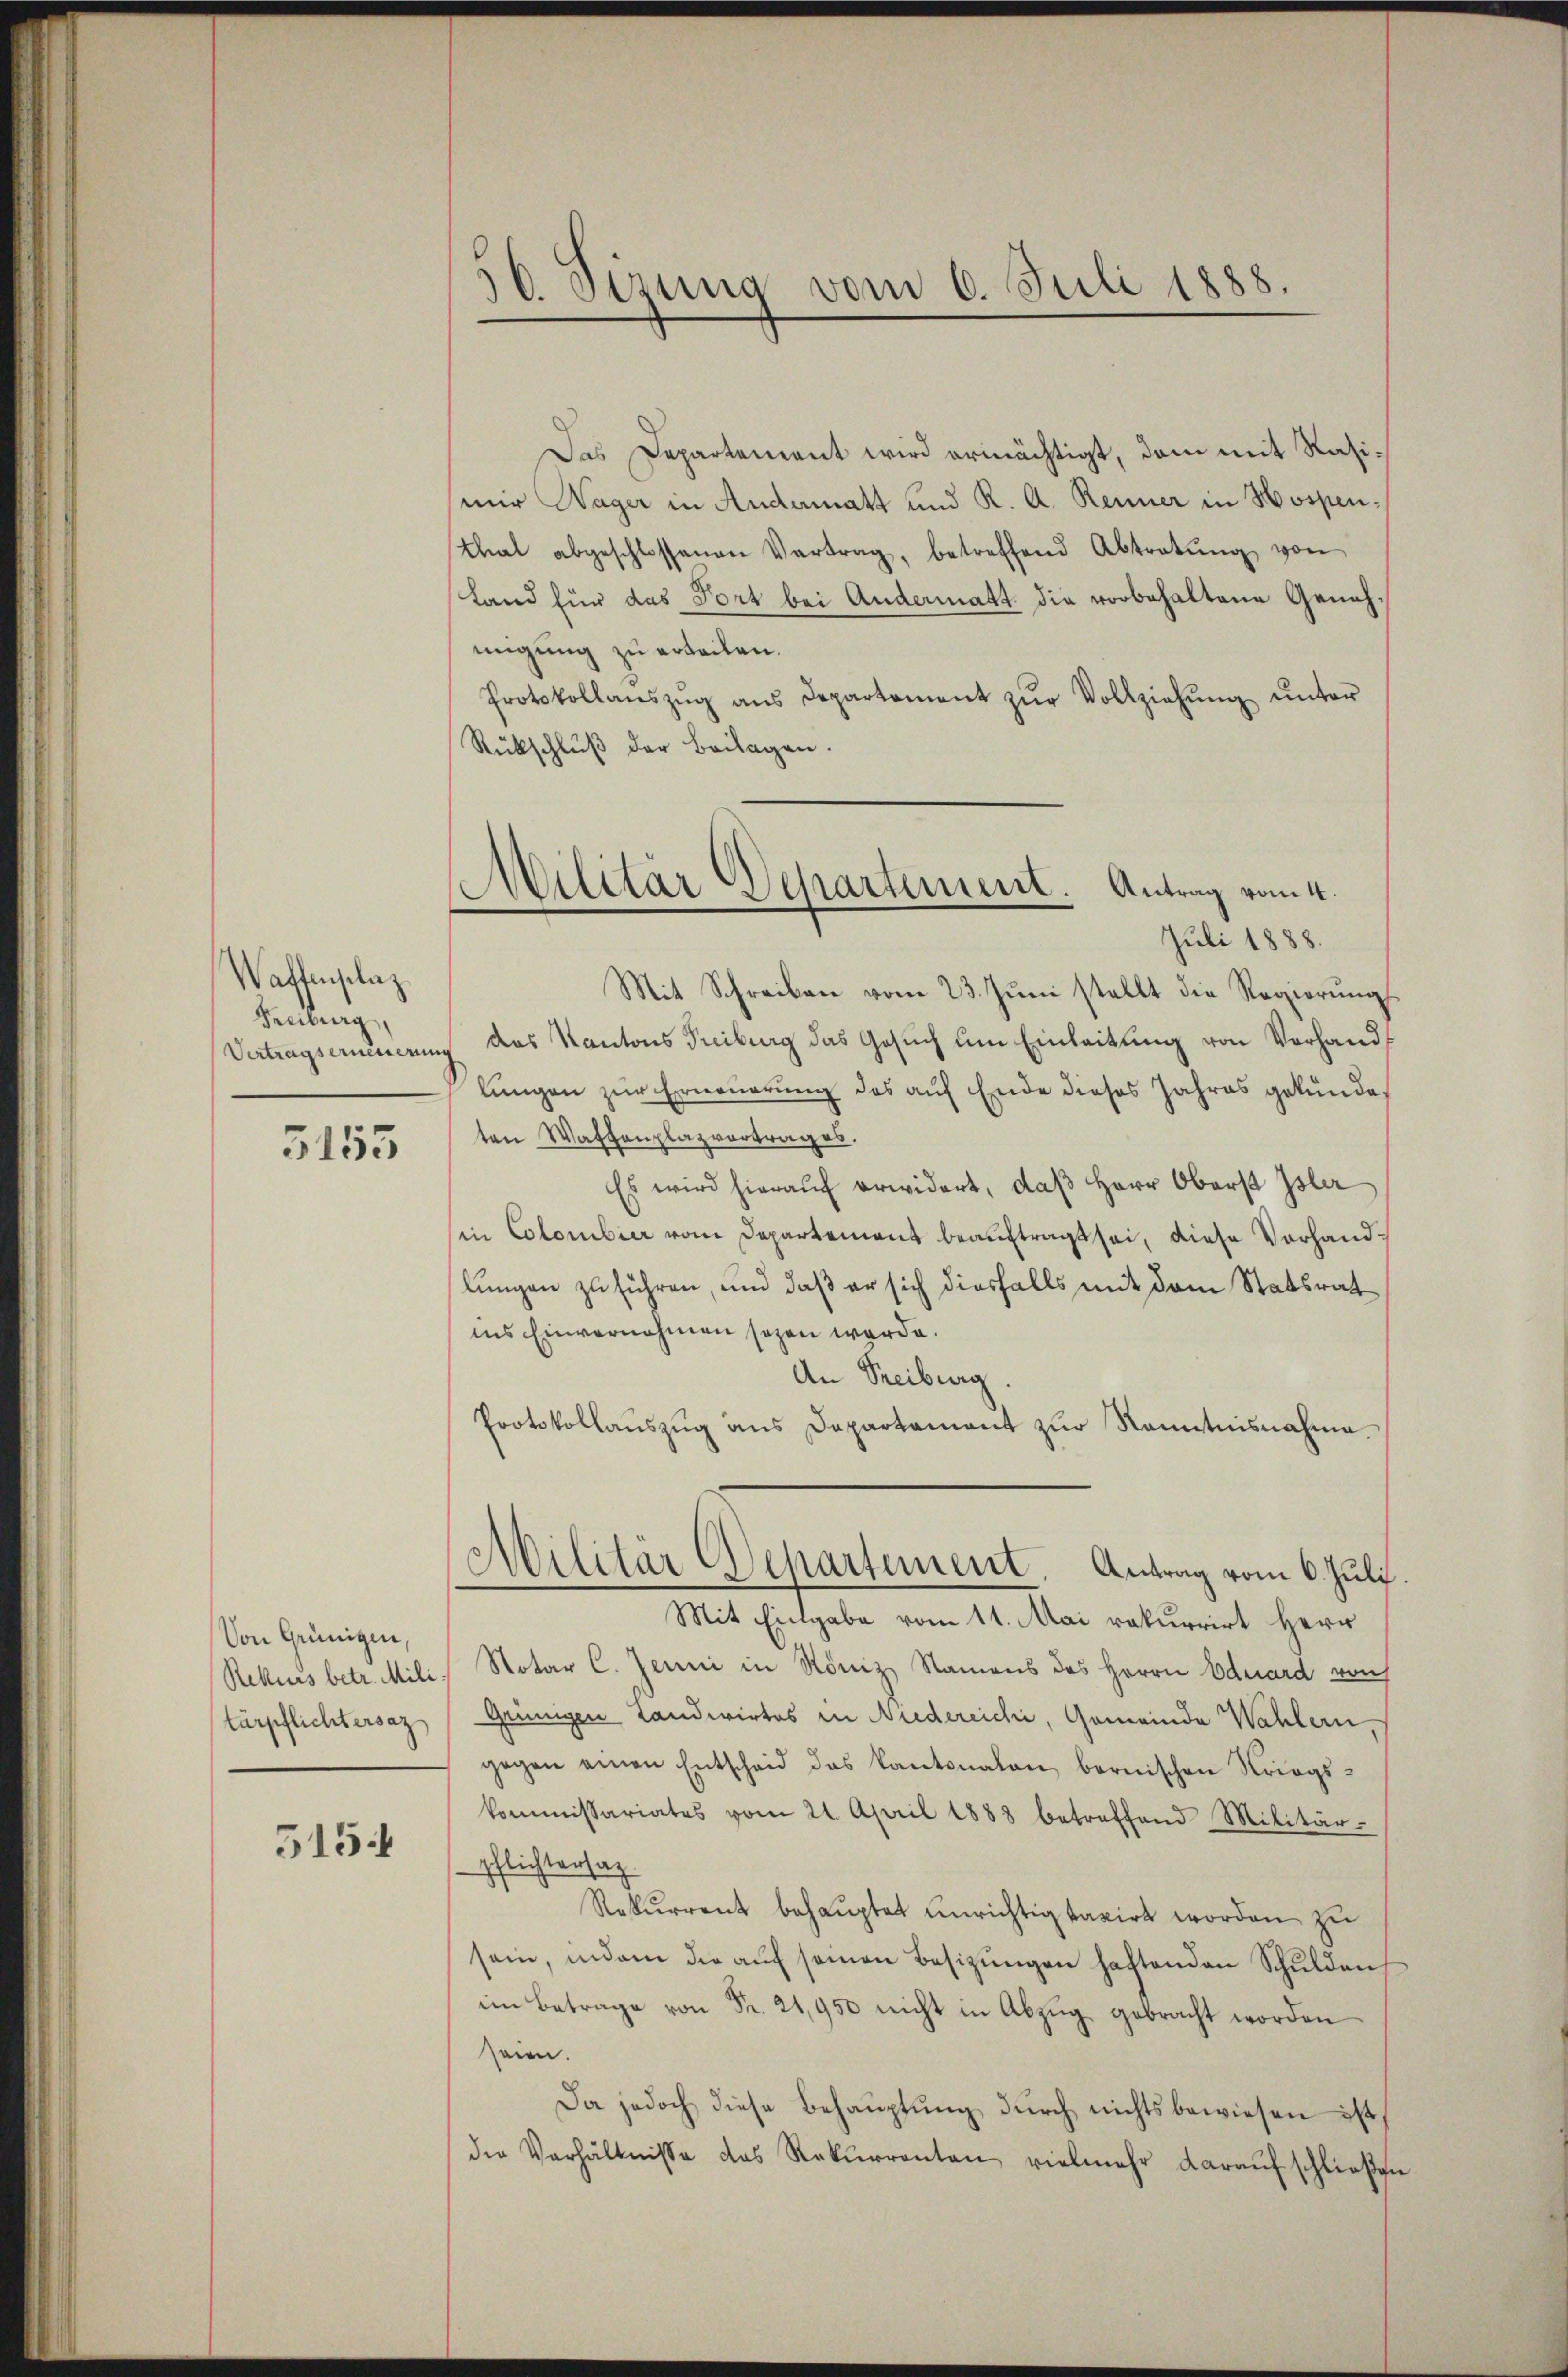
Waffenplaz
Freiburg,

5155

Von Grünigen,
türpflichtersaz

5154

Das Departement wird ermächtigt, dem mit Rasimir Wager in Andamnatt und K. A. Renner in Hospenthat abgeschlossenen Vertrag, betreffend Abtretŭng von
Land für das Port bei Andermatt die vorbehaltene Genehmigung zu erteilen.
Protokollanszŭg ans Departement zŭr Vollziehŭng ŭnter
Rückschluß der Beilagen.

Mit Schreiben vom 23. Juni stellt die Regierungs
Vertragserneuerung das Kantons Treiburg das Gesuch um Einleitung von Vorhandlungen zur Erneuerung des auf Ende dieses Jahres gekündeten Waffenplazvortrages.
Es wird hieraŭf erwidert, daβ Herr Oberst Isler
in Colombier vom Departement beauftragt sei, diese Vorhandlungen zu führen, und daß er sich diesfalls mit dem Statsrat
ins Einvernehmen seyen werde.
An Treiburg.
Protokollauszug aus Departament zur Kenntnisnahme.
Mit Eingabe vom 11. Mai rekurrirt Herr
Rekurs betr. Mili, Notar C. Jenni in Röniz Namens des Herrn Eduard von
Grünigen Landwirtes in Niedereichi, Gemeinde Wahlern,
gegen einen Entscheid das kantonalen, bernischen Kriegskommissariates vom 21. April 1888 betreffend Militär-
Pflichtersag
Rekurrent behauptet unrichtig taxirt worden zu
sein, indem die aŭf seinen Besizungen haftenden Schulden
im Betrage von Fr. 21,950 nicht in Abzŭg gebracht worden
seien.
Da jedoch diese Behauptung durch nichts bewiesen ist,
die Verhältnisse des Rekŭrrenten vielmehr daraŭf schließen

56. Sirung vom 6. Juli 1888.

Militär Departement. Antrag vom 4.
|
Juli 1888.

Militär Departement. Antrag vom 6. Juli